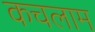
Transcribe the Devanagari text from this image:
कचलाम